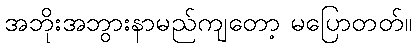
အဘိုးအဘွားနာမည်ကျတော့ မပြောတတ်။